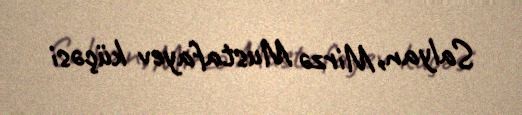
Salyan, Mirzə Mustafayev küçəsi